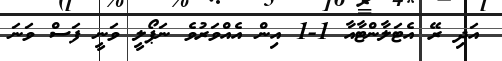
އަދި ރޭ އެޓަލާންޓާއާ 1-1 އިން އެއްވަރުވެ ނަޕޯލީ ވަނީ ފަސް ވަނަ